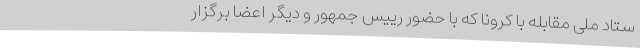
ستاد ملی مقابله با کرونا که با حضور رییس جمهور و دیگر اعضا برگزار